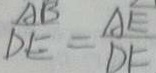
\frac { A B } { D E } = \frac { A E } { D F }